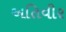
અતિવીર